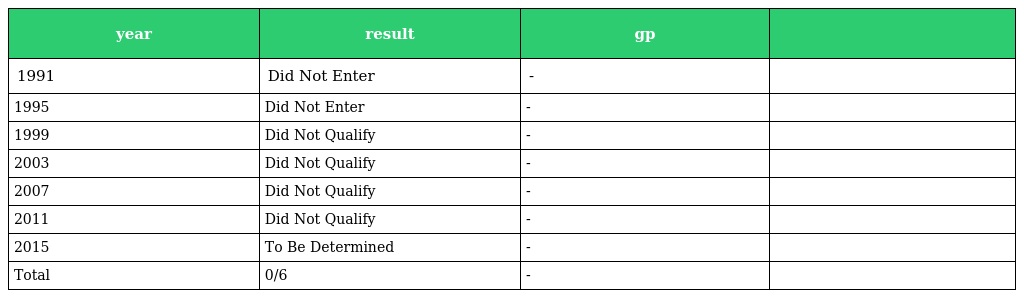
| year | result | gp |  |
 | --- | --- | --- | --- |
 | 1991 | Did Not Enter | - |  |
 | 1995 | Did Not Enter | - |  |
 | 1999 | Did Not Qualify | - |  |
 | 2003 | Did Not Qualify | - |  |
 | 2007 | Did Not Qualify | - |  |
 | 2011 | Did Not Qualify | - |  |
 | 2015 | To Be Determined | - |  |
 | Total | 0/6 | - |  |